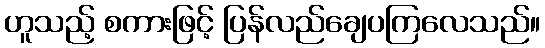
ဟူသည့် စကားဖြင့် ပြန်လည်ချေပကြလေသည်။